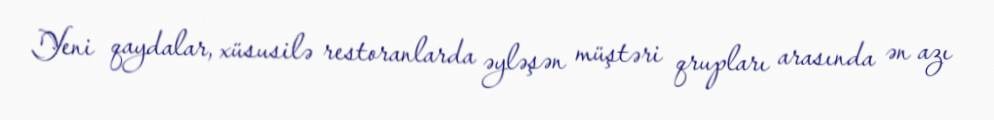
Yeni qaydalar, xüsusilə restoranlarda əyləşən müştəri qrupları arasında ən azı